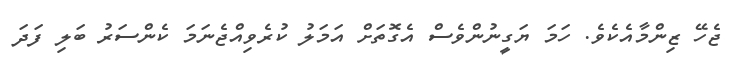
ޖެހޭ ޒިންމާއެކެވެ. ހަމަ ޔަގީނުންވެސް އެގޮތަށް އަމަލު ކުރެވިއްޖެނަމަ ކެންސަރު ބަލި ފަދަ